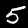
Label: 5